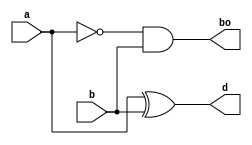
// Code your design here
module halfsubtractor(
  input a,b,
  output d, bo);
  
  assign d = a ^ b;
  assign bo = !a & b;
  
endmodule